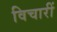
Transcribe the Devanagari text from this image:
विचारीं